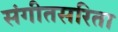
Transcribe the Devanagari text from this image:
संगीतसरिता